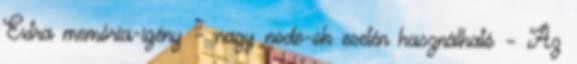
Extra memória-igény – nagy node-ok esetén használható – Az